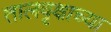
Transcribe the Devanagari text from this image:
तालवृक्षाच्या